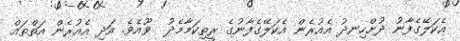
އެކަލޭގެފާނު ދުށްހިނދު އެއުރެން އެކަލޭގެފާނުގެ ރީތިކަމާމެދު  ވޫއެވެ. އަދި އެއުރެން އަތްތައް